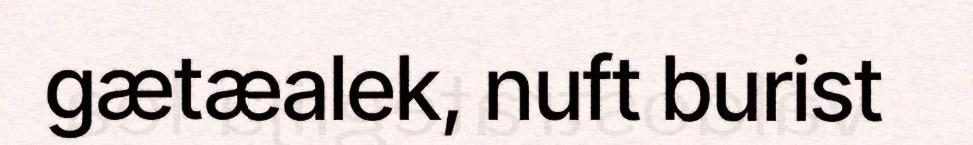
gætæalek, nuft burist